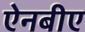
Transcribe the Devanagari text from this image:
ऐनबीए